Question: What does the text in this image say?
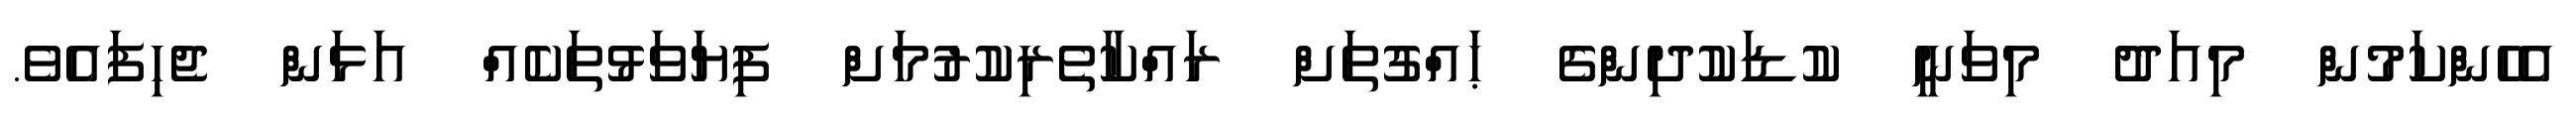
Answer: އެހެންކަމުން މިއަދު މިވަނީ ކުޑަކުދިންގެ ޙައްގުތަށް ރައްކާތެރިކުރުމަށް ފިޔަވަޅުތަކެއް އަޅަން ޖެހިފައެވެ.